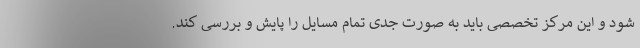
شود و این مرکز تخصصی باید به صورت جدی تمام مسایل را پایش و بررسی کند.